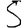
Digit: 5